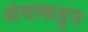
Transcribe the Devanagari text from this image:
संघाकडुन